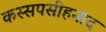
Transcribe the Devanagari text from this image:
कस्सपसीहनाद